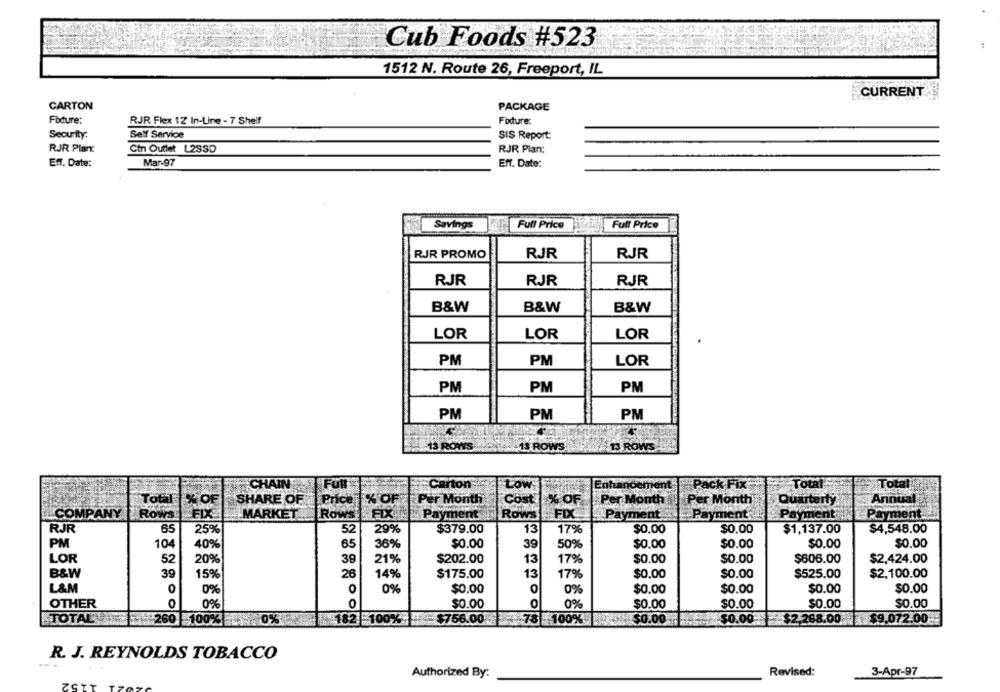
Cub Foods #523
1512 N. Route 26, Freeport, IL
CURRENT
CARTON
PACKAGE
Foxdure:
RJR Flex 12 In-Line - 7 Shelf
Fodure:
Security.
Self Service
SIS Report:
RJR Planc
Cin Outlet L2SSD
RJR Plan:
Eff. Date:
Mar-97
Eff. Date:
Savings
Full Price
Full Price
RJR PROMO
RJR
RJR
RJR
RJR
RJR
B&W
B&W
B&W
LOR
LOR
LOR
PM
PM
LOR
PM
PM
PM
PM
PM
PM
13 ROWS
11 ROWS
13 ROWS
CHAIN
ck Fix
Total
Total
FOR
Carton
Low
Total
% OF
SHARE OF
Price
% OF
Per Month
Cost
% OF
Per Month
Per Month
Quarterty
Annual
COMPANY
Row
FIX
MARKET
FIXA
Payment
Rows
FIX
Payment
yment
Payment
Payment
RJR
65
25%
52
29%
$379.00
13
17%
$0.00
$0.00
$1,137.00
$4,548.00
PM
104
40%
65
36%
$0.00
39
50%
$0.00
$0.00
$0.00
$0.00
LOR
52
20%
39
21%
$202.00
13
17%
$0.00
$0.00
$606.00
$2,424.00
B&W
39
15%
26
14%
$175.00
13
17%
$0.00
$0.00
$525.00
$2,100.00
L&M
0%
0%
$0.00
0
0%
$0.00
$0.00
$0.00
$0.00
0
OTHER
O
0%
$0.00
$0.00
$0.00
$0.00
$0.00
TOTAL
-260 100%
0%
182 100%
$756.00
. 78 100%
$0.00
$0.00 $2,268.00
$9.072.00
R. J. REYNOLDS TOBACCO
Authorized By:
Revised:
3-Apr-97